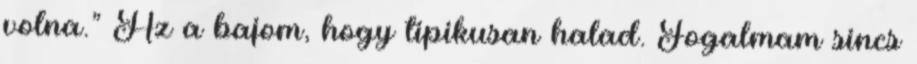
volna.” Az a bajom, hogy tipikusan halad. Fogalmam sincs